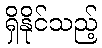
ရှိနိုင်သည့်